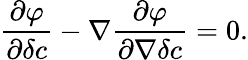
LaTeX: \begin{array}{l}{\displaystyle{\frac{\partial\varphi}{\partial\delta c}-\nabla\frac{\partial\varphi}{\partial\nabla\delta c}=0.}}\end{array}